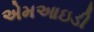
એમઆઇડી